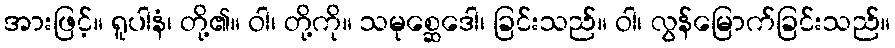
အားဖြင့်။ ရူပါနံ၊ တို့၏။ ဝါ၊ တို့ကို။ သမုစ္ဆေဒေါ၊ ခြင်းသည်။ ဝါ၊ လွန်မြောက်ခြင်းသည်။